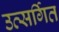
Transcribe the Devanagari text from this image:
उत्सर्गित